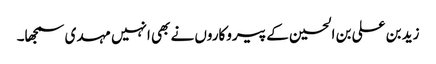
زید بن علی بن الحسین کے پیروکاروں نے بھی انہیں مہدی سمجھا۔